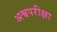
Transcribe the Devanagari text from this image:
अश्वपरीक्षा